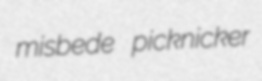
misbede picknicker